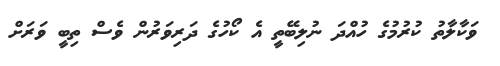
ވަކާލާތު ކުރުމުގެ ހުއްދަ ނުލިބޭތީ އެ ކޯހުގެ ދަރިވަރުން ވެސް ތިބީ ވަރަށް